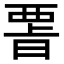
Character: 𭦪